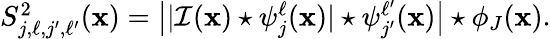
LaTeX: \begin{array}{r}{S_{j,\ell,j^{\prime},\ell^{\prime}}^{2}(\mathbf{x})=\big||\mathcal{I}(\mathbf{x})\star\psi_{j}^{\ell}(\mathbf{x})|\star\psi_{j^{\prime}}^{\ell^{\prime}}(\mathbf{x})\big|\star\phi_{J}(\mathbf{x}).}\end{array}